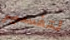
لتفسير